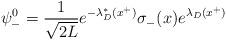
LaTeX: \begin{align*}\psi_-^0 = {1\over\sqrt{2L}} e^{-\lambda_D^*(x^+)}\sigma_-(x)e^{\lambda_D(x^+)}\end{align*}